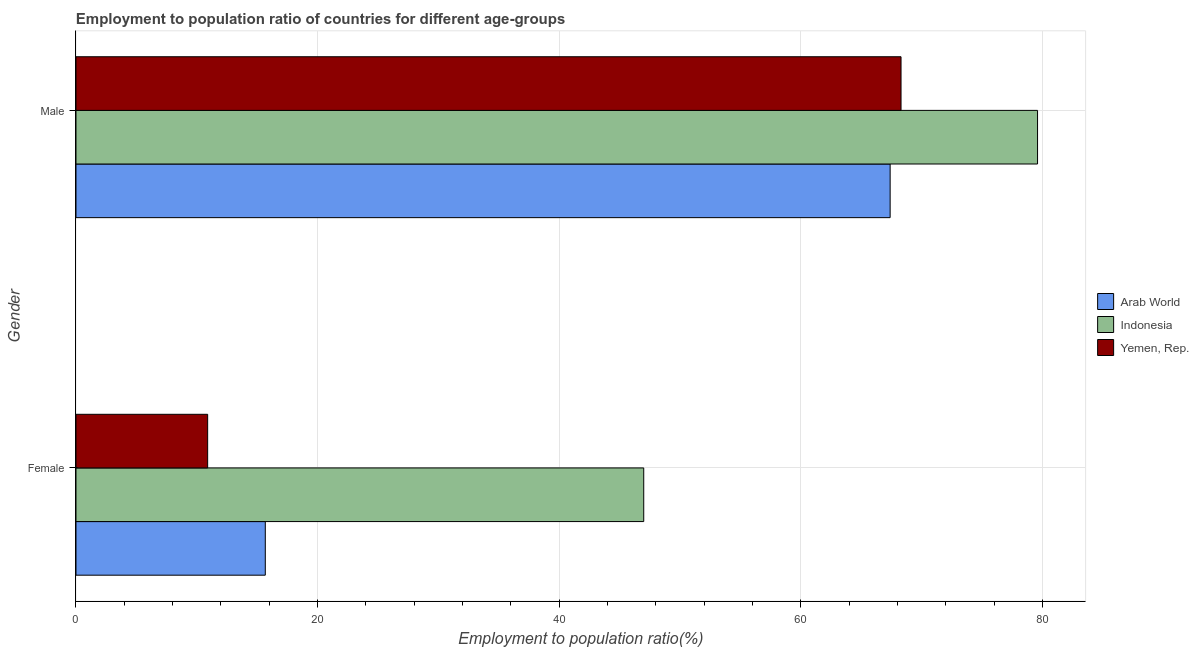
| Gender | Arab World | Indonesia | Yemen, Rep. |
 | --- | --- | --- | --- |
 | Female | 15.7 | 47 | 10.9 |
 | Male | 67.4 | 79.6 | 68.3 |